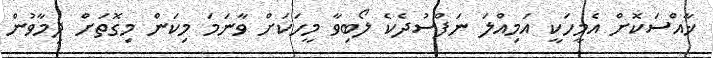
ޚާއްސަކޮށް އެމީހަކީ އަމިއްލަ ނަފްސުދެކެ ލޯބިވާ މީހަކަށް ވާނަމަ މިކަން މިގޮތަށް ދިމާވުން